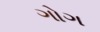
ગોગ